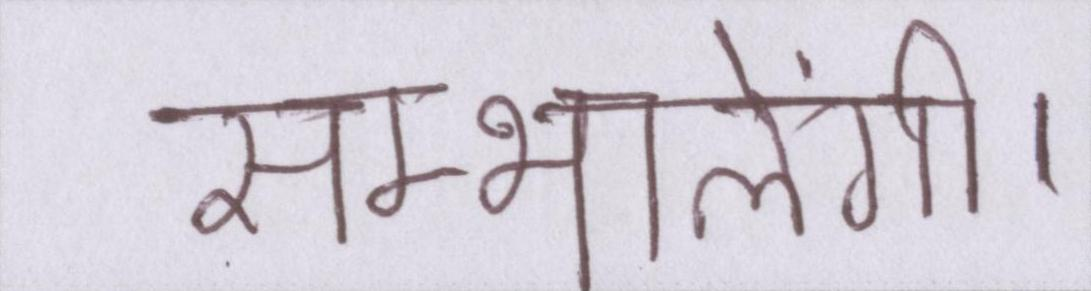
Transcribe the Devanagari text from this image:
सम्भालेंगी।